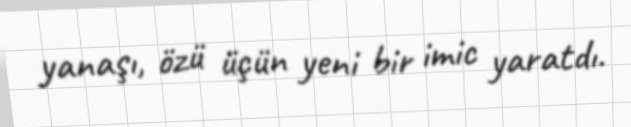
yanaşı, özü üçün yeni bir imic yaratdı.